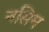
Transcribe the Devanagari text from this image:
नसिम